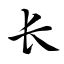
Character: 长